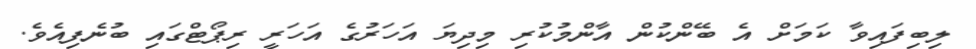
ލިބިފައިވާ ކަމަށް އެ ބޭންކުން އާންމުކުރި މިދިޔަ އަހަރުގެ އަހަރީ ރިޕޯޓްގައި ބުނެފިއެވެ.